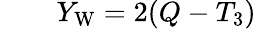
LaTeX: \qquad Y_{\mathrm{{W}}}=2(Q-T_{3})